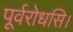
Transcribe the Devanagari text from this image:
पूर्वरोधसि।